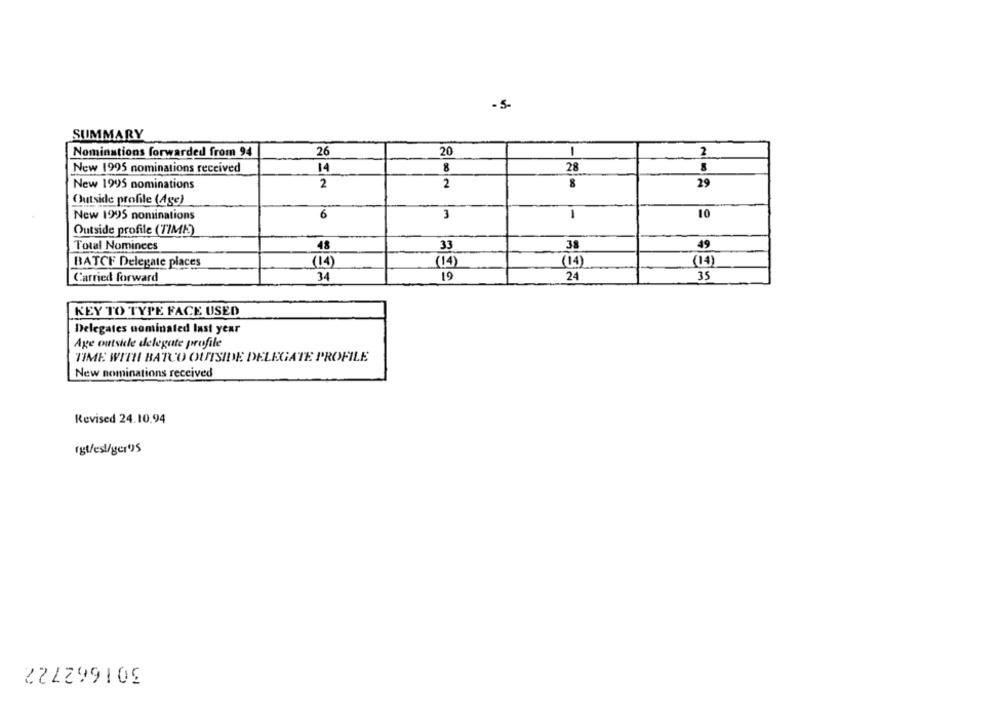
- 5-
SUMMARY
20
Nominations forwarded from 94
26
1
2
New 1995 nominations received
14
8
28
New 1995 nominations
2
2
29
Outside profile (Age)
New 1995 nominations
6
3
1
10
Outside profile (TIME)
48
33
38
49
Total Nominees
BATCF Delegate places
(14)
(14)
(14)
(14)
Carried forward
34
19
24
35
KEY TO TYPE FACE USED
Delegates nominated last year
Age outside delegate profile
TIME WITH BATUO OUTSIDE DELEGATE PROFILE
New nominations received
Revised 24.10.94
rgt/es/ger's
301662722